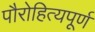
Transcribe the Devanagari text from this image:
पौरोहित्यपूर्ण